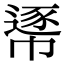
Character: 𢄘